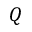
Q